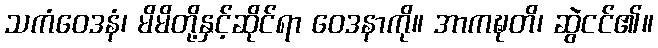
သကံဝေဒနံ၊ မိမိတို့နှင့်ဆိုင်ရာ ဝေဒနာကို။ အာကဍ္ဎတိ၊ ဆွဲငင်၏။